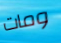
ومات